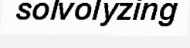
solvolyzing